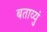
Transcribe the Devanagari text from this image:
बताव्युं